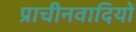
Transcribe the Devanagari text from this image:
प्राचीनवादियों